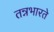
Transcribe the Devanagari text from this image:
तन्नभारते